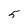
Character: 5